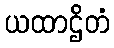
ယထာဌိတံ